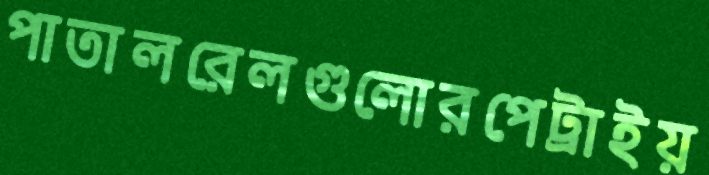
পাতালরেলগুলোরপেট্রাইয়